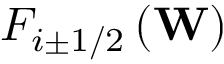
{ { F } _ { i \pm 1 / 2 } } \left( \mathbf { W } \right)